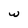
Character: w